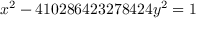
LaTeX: x ^ { 2 } - 4 1 0 2 8 6 4 2 3 2 7 8 4 2 4 y ^ { 2 } = 1